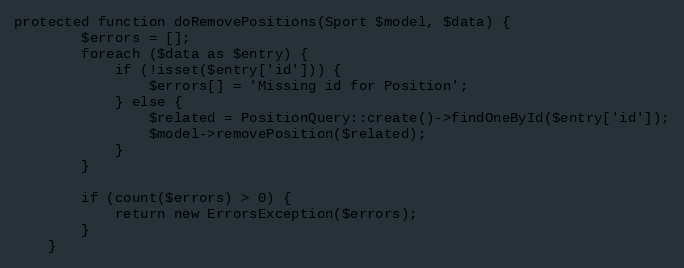
Language: PHP
protected function doRemovePositions(Sport $model, $data) {
		$errors = [];
		foreach ($data as $entry) {
			if (!isset($entry['id'])) {
				$errors[] = 'Missing id for Position';
			} else {
				$related = PositionQuery::create()->findOneById($entry['id']);
				$model->removePosition($related);
			}
		}

		if (count($errors) > 0) {
			return new ErrorsException($errors);
		}
	}